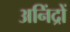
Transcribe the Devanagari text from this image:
अनिंद्रों